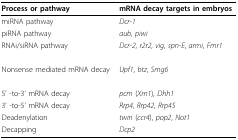
<table><thead><tr><td><b>Process or pathway</b></td><td><b>mRNA decay targets in embryos</b></td></tr></thead><tbody><tr><td>miRNA pathway</td><td><i>Dcr-1</i></td></tr><tr><td>piRNA pathway</td><td><i>aub</i>, <i>piwi</i></td></tr><tr><td>RNAi/siRNA pathway</td><td><i>Dcr-2</i>, <i>r2r2</i>, <i>vig</i>, <i>spn-E</i>, <i>armi</i>, <i>Fmr1</i></td></tr><tr><td>Nonsense mediated mRNA decay</td><td><i>Upf1</i>, <i>btz</i>, <i>Smg6</i></td></tr><tr><td>5' -to-3' mRNA decay</td><td><i>pcm </i>(<i>Xrn1</i>), <i>Dhh1</i></td></tr><tr><td>3' -to-5' mRNA decay</td><td><i>Rrp4</i>, <i>Rrp42</i>, <i>Rrp45</i></td></tr><tr><td>Deadenylation</td><td><i>twin </i>(<i>ccr4</i>), <i>pop2</i>, <i>Not1</i></td></tr><tr><td>Decapping</td><td><i>Dcp2</i></td></tr></tbody></table>